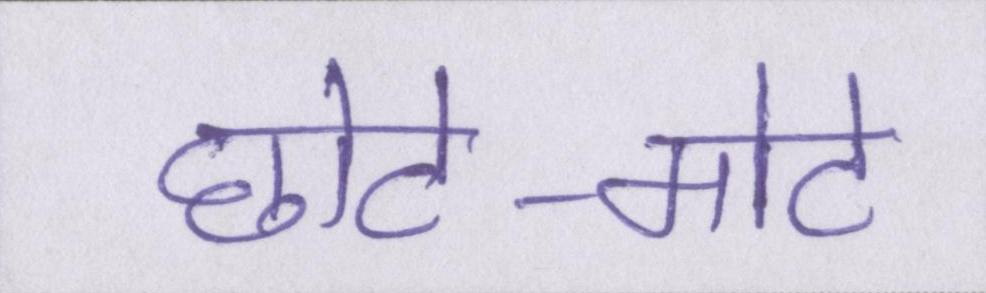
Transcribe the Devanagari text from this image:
छोटे-मोटे